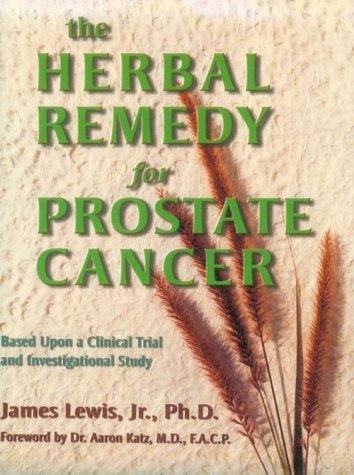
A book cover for The Herbal Remedy for Prostate Cancer; James Lewis Jr.; Health, Fitness & Dieting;